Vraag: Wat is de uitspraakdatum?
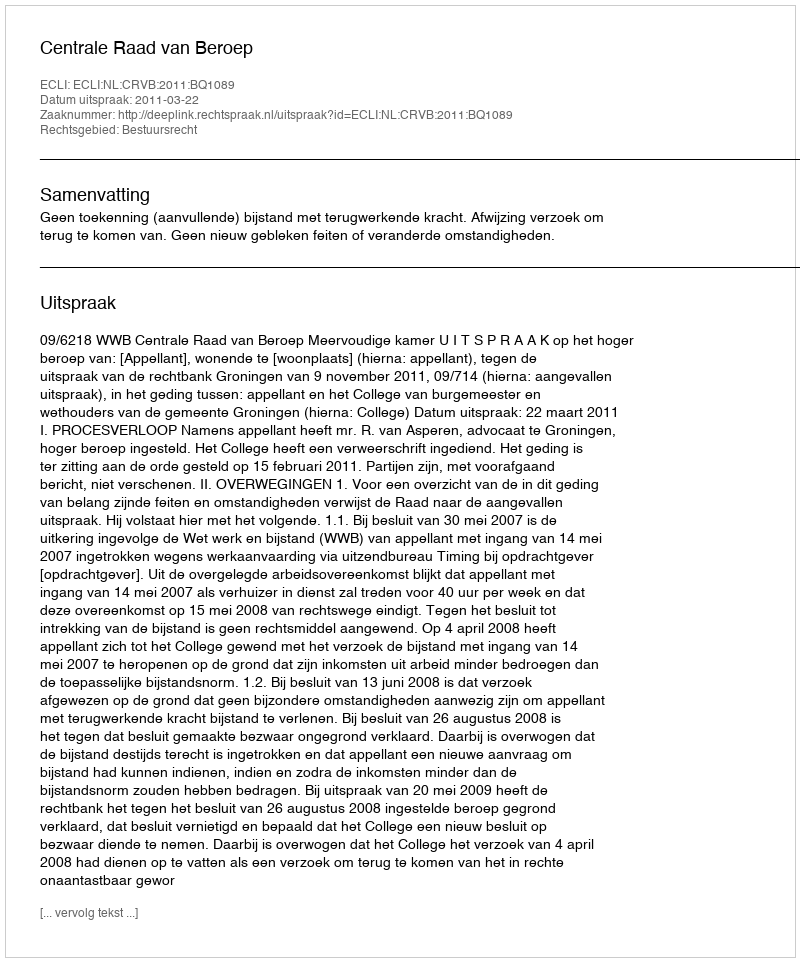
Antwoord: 2011-03-22